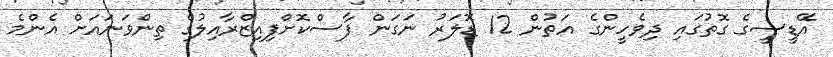
އޭޑީސީގެ ގޮތުގައި ދިވެހީންގެ އަތުން 12 ޑޮލަރު ނަގަން ފާސްކޮށްފިއިޒްރާއިލުގެ ތިންވަނައަށް އެންމެ